Civil Veterinary Department. United Provinces 1923-31 - 1923-1931
Year: 1923
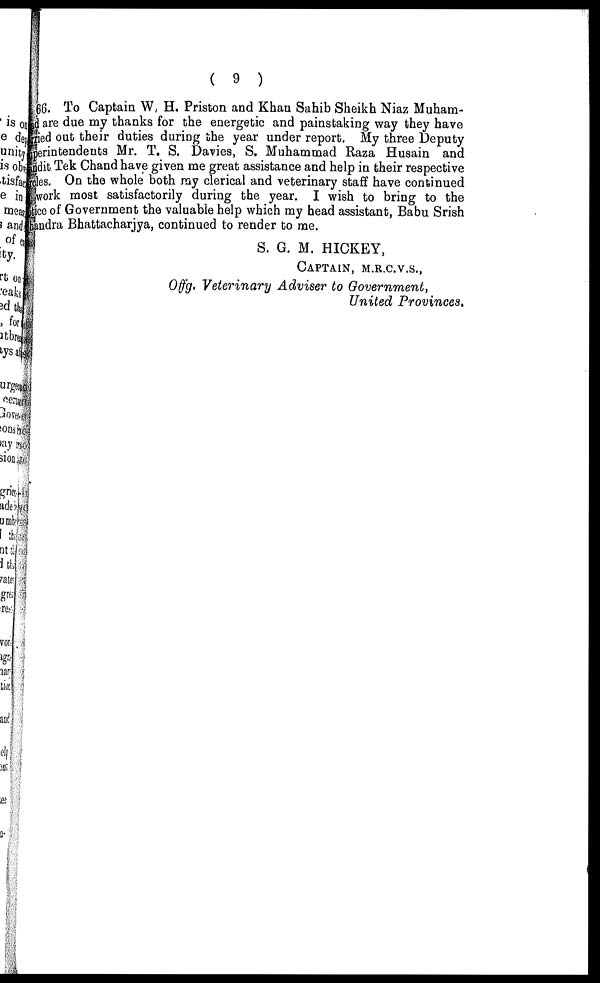
( 9 )
16. To Captain W H. Priston and Khan Sahib Sheikh Niaz Muham-
are due my thanks for the energetic and painstaking way they have
ed out their duties during the year under report. My three Deputy
erintendents Mr. T. S. Davies, S. Muhammad Raza Husain and
dit Tek Chand have given me great assistance and help in their respective
es. On the whole both ray clerical and veterinary staff have continued
work most satisfactorily during the year. I wish to bring to the
ce of Government the valuable help which my head assistant, Babu Srish
andra Bhattacharjya, continued to render to me.
S. G. M. HICKEY,
CAPTAIN, M.R.C.V.S.,
Offg. Veterinary Adviser to Government,
United Provinces.